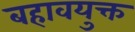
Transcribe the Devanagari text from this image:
बहावयुक्त